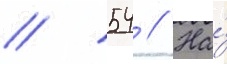
// 54 // На́